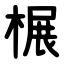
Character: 榐